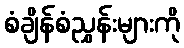
စံချိန်စံညွှန်းများကို